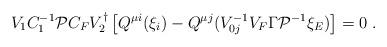
LaTeX: \begin{align*}V_1C_1^{-1}{\cal P}C_FV_2^\dagger \left[ Q^{\mu i}(\xi _i)-Q^{\mu j}(V_{0j}^{-1}V_F\Gamma{\cal P}^{-1}\xi _E)\right] =0\ .\end{align*}